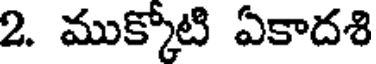
2. ముక్కోటి ఏకాదశి